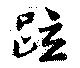
疏